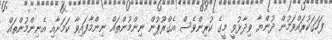
ފަހަގަކުރައްވަމުން ދުންޔާ ވިދާޅުވީ މީގެ ކުރިންވެސް އެގްރޫޕުން ނިންމުންތައް ނިންމާފައިވާ ކަމަށާއި އެނިންމުންތައް